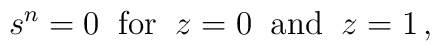
s^n=0\;\; \hbox{for}\;\; z=0 \;\;\hbox{and}\;\; z=1\,,